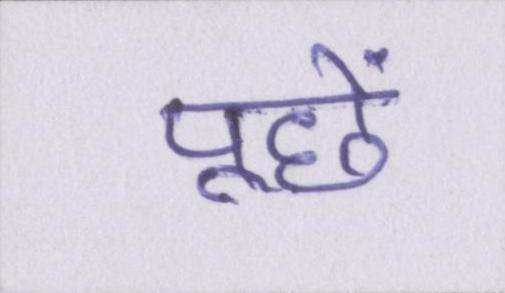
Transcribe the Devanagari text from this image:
पूछें